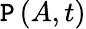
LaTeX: \mathtt{P}\left(A,t\right)